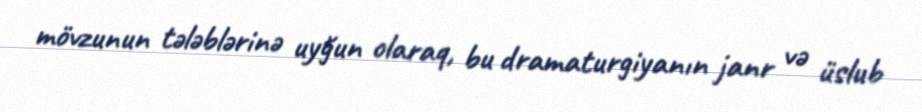
mövzunun tələblərinə uyğun olaraq, bu dramaturgiyanın janr və üslub